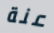
عنة